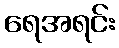
ရေအရင်း